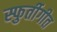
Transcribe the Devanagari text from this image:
स्फुर्तीगीत